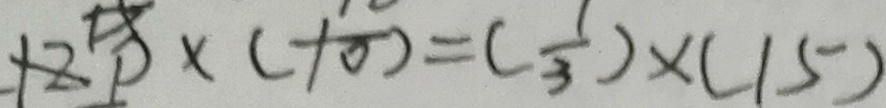
1 2 p \times ( 1 0 ) = ( \frac { 1 } { 3 } ) \times ( 1 5 )